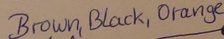
Text: Brown,Black,Orange